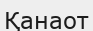
Қанаот